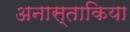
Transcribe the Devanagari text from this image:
अनास्ताकिया